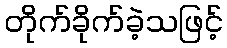
တိုက်ခိုက်ခဲ့သဖြင့်